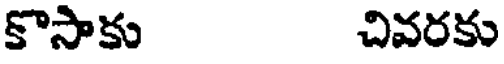
కొసాకు చివరకు